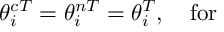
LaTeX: \, \, \theta _ { i } ^ { c T } = \theta _ { i } ^ { n T } = \theta _ { i } ^ { T } , \quad \mathrm { f o r ~ \quad ~ }